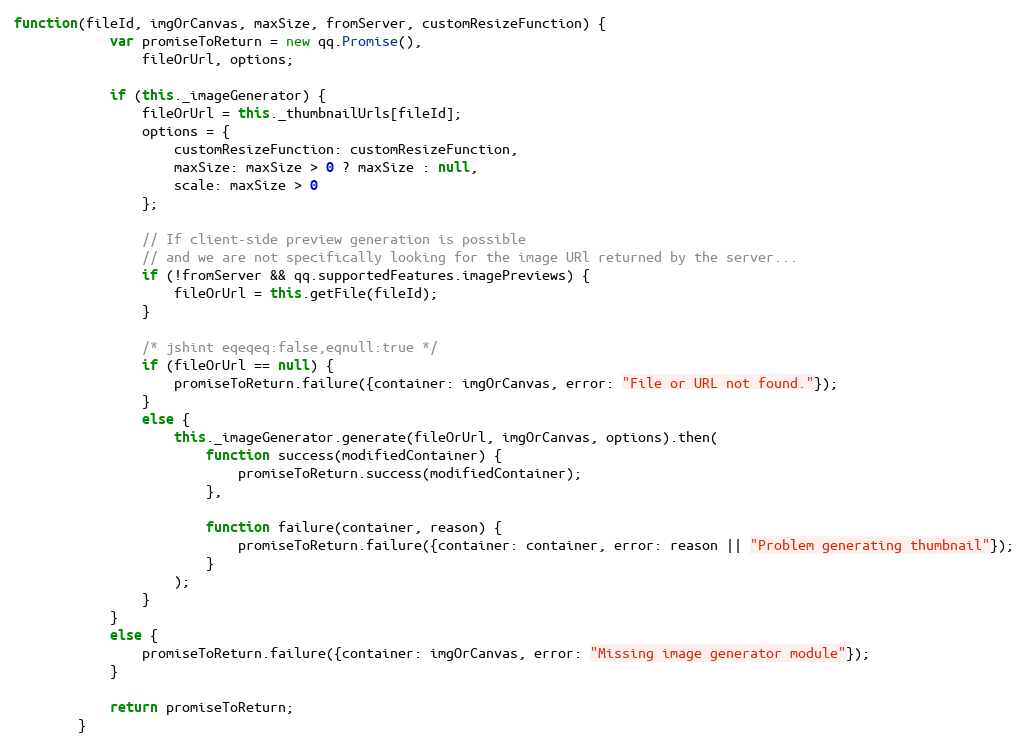
Language: JavaScript
function(fileId, imgOrCanvas, maxSize, fromServer, customResizeFunction) {
            var promiseToReturn = new qq.Promise(),
                fileOrUrl, options;

            if (this._imageGenerator) {
                fileOrUrl = this._thumbnailUrls[fileId];
                options = {
                    customResizeFunction: customResizeFunction,
                    maxSize: maxSize > 0 ? maxSize : null,
                    scale: maxSize > 0
                };

                // If client-side preview generation is possible
                // and we are not specifically looking for the image URl returned by the server...
                if (!fromServer && qq.supportedFeatures.imagePreviews) {
                    fileOrUrl = this.getFile(fileId);
                }

                /* jshint eqeqeq:false,eqnull:true */
                if (fileOrUrl == null) {
                    promiseToReturn.failure({container: imgOrCanvas, error: "File or URL not found."});
                }
                else {
                    this._imageGenerator.generate(fileOrUrl, imgOrCanvas, options).then(
                        function success(modifiedContainer) {
                            promiseToReturn.success(modifiedContainer);
                        },

                        function failure(container, reason) {
                            promiseToReturn.failure({container: container, error: reason || "Problem generating thumbnail"});
                        }
                    );
                }
            }
            else {
                promiseToReturn.failure({container: imgOrCanvas, error: "Missing image generator module"});
            }

            return promiseToReturn;
        }